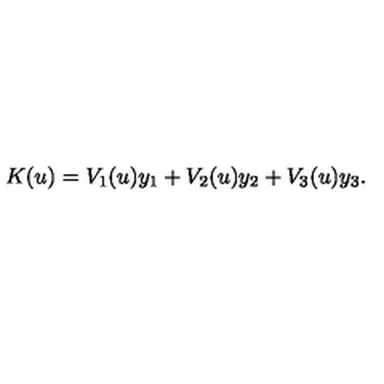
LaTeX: K ( u ) = V _ { 1 } ( u ) y _ { 1 } + V _ { 2 } ( u ) y _ { 2 } + V _ { 3 } ( u ) y _ { 3 } .